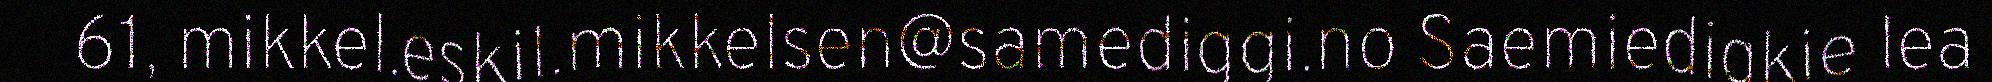
61, mikkel.eskil.mikkelsen@samediggi.no Saemiedigkie lea